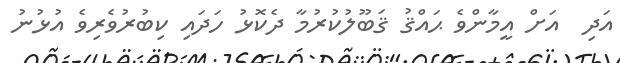
އަދި  އަށް އީމާންވެ ޙައްޤު ޤަބޫލުކުރުމާ ދެކޮޅު ހަދައި ކިބުރުވެރިވެ އުޅުނު